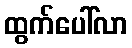
ထွက်ပေါ်လာ